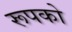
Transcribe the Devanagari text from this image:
रूपको